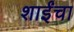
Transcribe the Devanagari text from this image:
शाईंचा